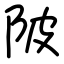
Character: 陂